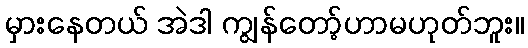
မှားနေတယ် အဲဒါ ကျွန်တော့်ဟာမဟုတ်ဘူး။